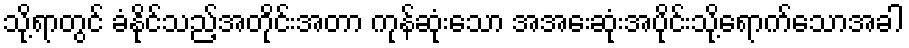
သို့ရာတွင် ခံနိုင်သည့်အတိုင်းအတာ ကုန်ဆုံးသော အအေးဆုံးအပိုင်းသို့ရောက်သောအခါ